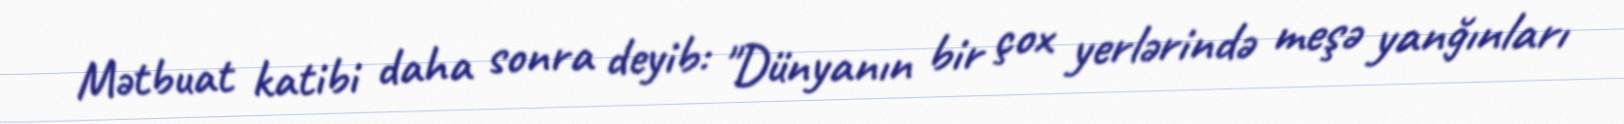
Mətbuat katibi daha sonra deyib: "Dünyanın bir çox yerlərində meşə yanğınları